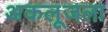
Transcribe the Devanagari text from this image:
अकलूजला